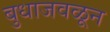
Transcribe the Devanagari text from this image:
बुधाजवळून